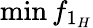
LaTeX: \operatorname*{min}{f_{1_{H}}}